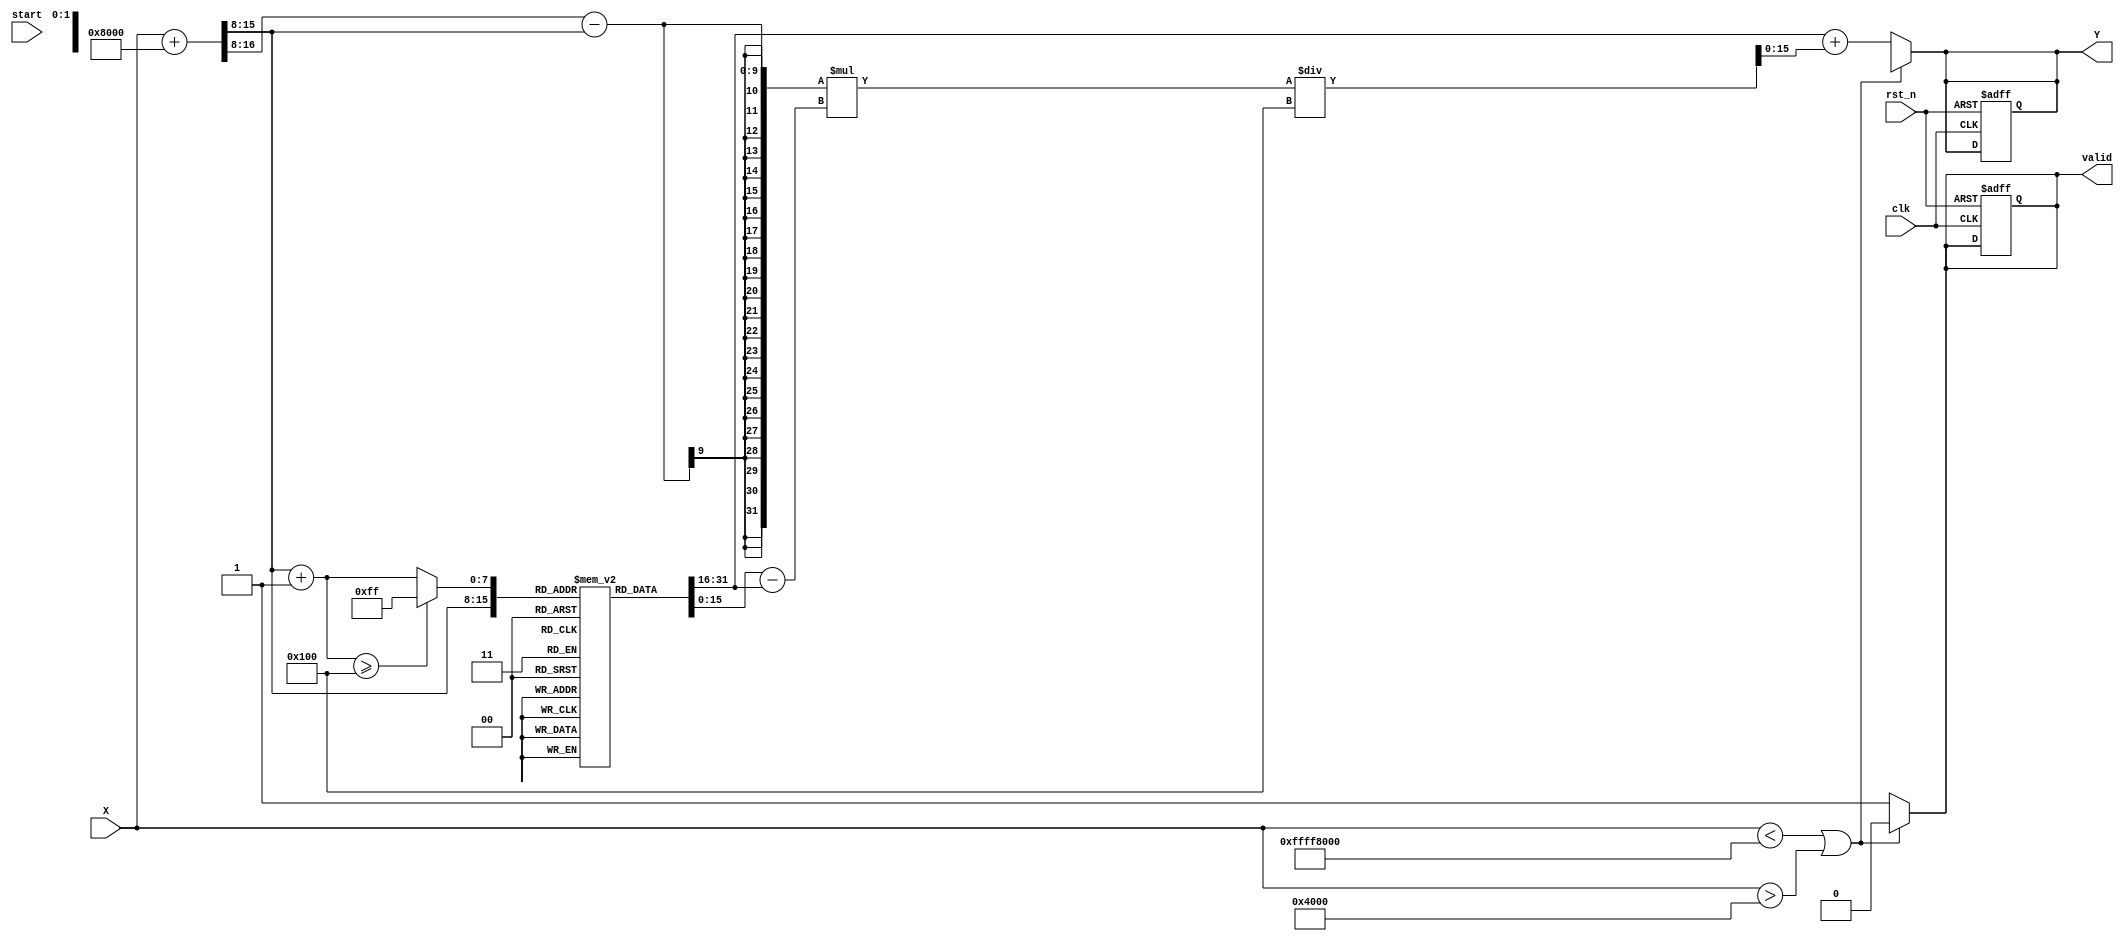
module acos_block #(
    parameter INPUT_WIDTH = 16,  // Width of input data
    parameter LUT_SIZE = 256,     // Size of the LUT
    parameter OUTPUT_WIDTH = 16    // Width of output data
)(
    input wire clk,
    input wire rst_n,
    input wire [INPUT_WIDTH-1:0] X,  // Input Data
    input wire start,                  // Start signal
    output reg [OUTPUT_WIDTH-1:0] Y,  // Output Data
    output reg valid                   // Output valid signal
);

    // LUT for acos values (fixed-point representation)
    reg [OUTPUT_WIDTH-1:0] lut[LUT_SIZE-1:0];

    // Internal signals
    reg [INPUT_WIDTH-1:0] x_quantized;
    reg [7:0] lut_index;               // LUT index
    reg [OUTPUT_WIDTH-1:0] lut_value1, lut_value2; // LUT values for interpolation
    reg [7:0] lut_index1, lut_index2; // Indices for interpolation
    reg [OUTPUT_WIDTH-1:0] interp_value; // Interpolated value
    reg [OUTPUT_WIDTH-1:0] delta;      // Difference for interpolation
    reg [OUTPUT_WIDTH-1:0] weight;     // Weight for interpolation

    // Initialize LUT with precomputed values
    initial begin
        // Populate the LUT with precomputed acos values
        // Example values, should be filled with actual acos values
        // lut[0] = 3.14159; // acos(-1)
        // lut[1] = 3.14159/2; // acos(0)
        // lut[2] = 0; // acos(1)
        // ...
    end

    // Quantization of input
    always @(*) begin
        if (X < -1 << (INPUT_WIDTH-1) || X > 1 << (INPUT_WIDTH-1) - 1) begin
            // Out of range
            Y = {OUTPUT_WIDTH{1'bx}}; // Invalid output
            valid = 0;
        end else begin
            x_quantized = (X + (1 << (INPUT_WIDTH-1))) >> (INPUT_WIDTH - 8); // Scale to LUT index
            lut_index = x_quantized[7:0]; // Use lower 8 bits for LUT index
            lut_index1 = lut_index;
            lut_index2 = lut_index + 1;

            // Ensure LUT indices are within bounds
            if (lut_index2 >= LUT_SIZE) begin
                lut_index2 = LUT_SIZE - 1;
            end

            lut_value1 = lut[lut_index1];
            lut_value2 = lut[lut_index2];

            // Calculate interpolation weight
            delta = lut_value2 - lut_value1;
            weight = (x_quantized - lut_index) * delta / (1 << 8); // Assuming 8-bit resolution

            // Interpolated value
            interp_value = lut_value1 + weight;

            // Assign output
            Y = interp_value;
            valid = 1;
        end
    end

    // Control logic for start signal
    always @(posedge clk or negedge rst_n) begin
        if (!rst_n) begin
            Y <= 0;
            valid <= 0;
        end else if (start) begin
            // Trigger computation
            // The computation is handled in the combinational block above
        end
    end

endmodule